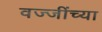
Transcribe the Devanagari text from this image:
वज्जींच्या